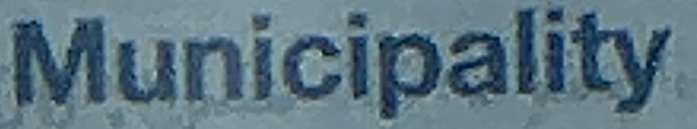
Municipality